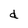
Character: d